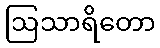
ဩသာရိတော